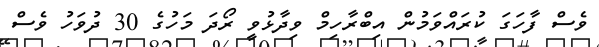
ވެސް ފާހަގަ ކުރައްވަމުން އިބްރާހިމް ވިދާޅުވީ ރޯދަ މަހުގެ 30 ދުވަހު ވެސް